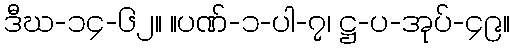
ဒီဃ-၁၄-၆၂။ ။ပဏ်-၁-ပါ-၇၊ ဋ္ဌ-ပ-အုပ်-၄၉။